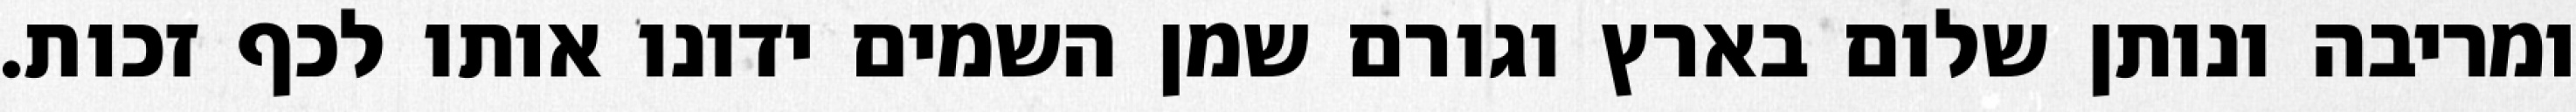
ומריבה ונותן שלום בארץ וגורם שמן השמים ידונו אותו לכף זכות.